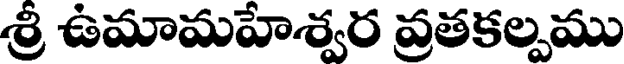
శ్రీ ఉమామహేశ్వర వ్రతకల్పము